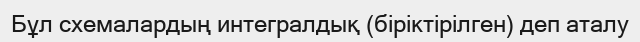
Бұл схемалардың интегралдық (біріктірілген) деп аталу